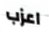
اعزب